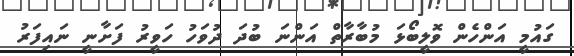
ގައުމީ އަންހެން ވޮލީބޯޅަ މުބާރާތް އަންނަ ބުދަ ދުވަހު ހަވީރު ފަށާނީ ނައިފަރު